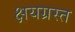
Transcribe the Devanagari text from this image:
क्षयग्रस्त